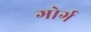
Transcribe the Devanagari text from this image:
गोर्ग